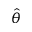
\hat { \theta }